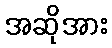
အဆိုအား